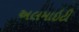
અલમાઇટી